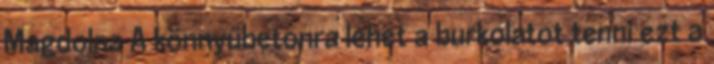
Magdolna A könnyűbetonra lehet a burkolatot tenni ezt a